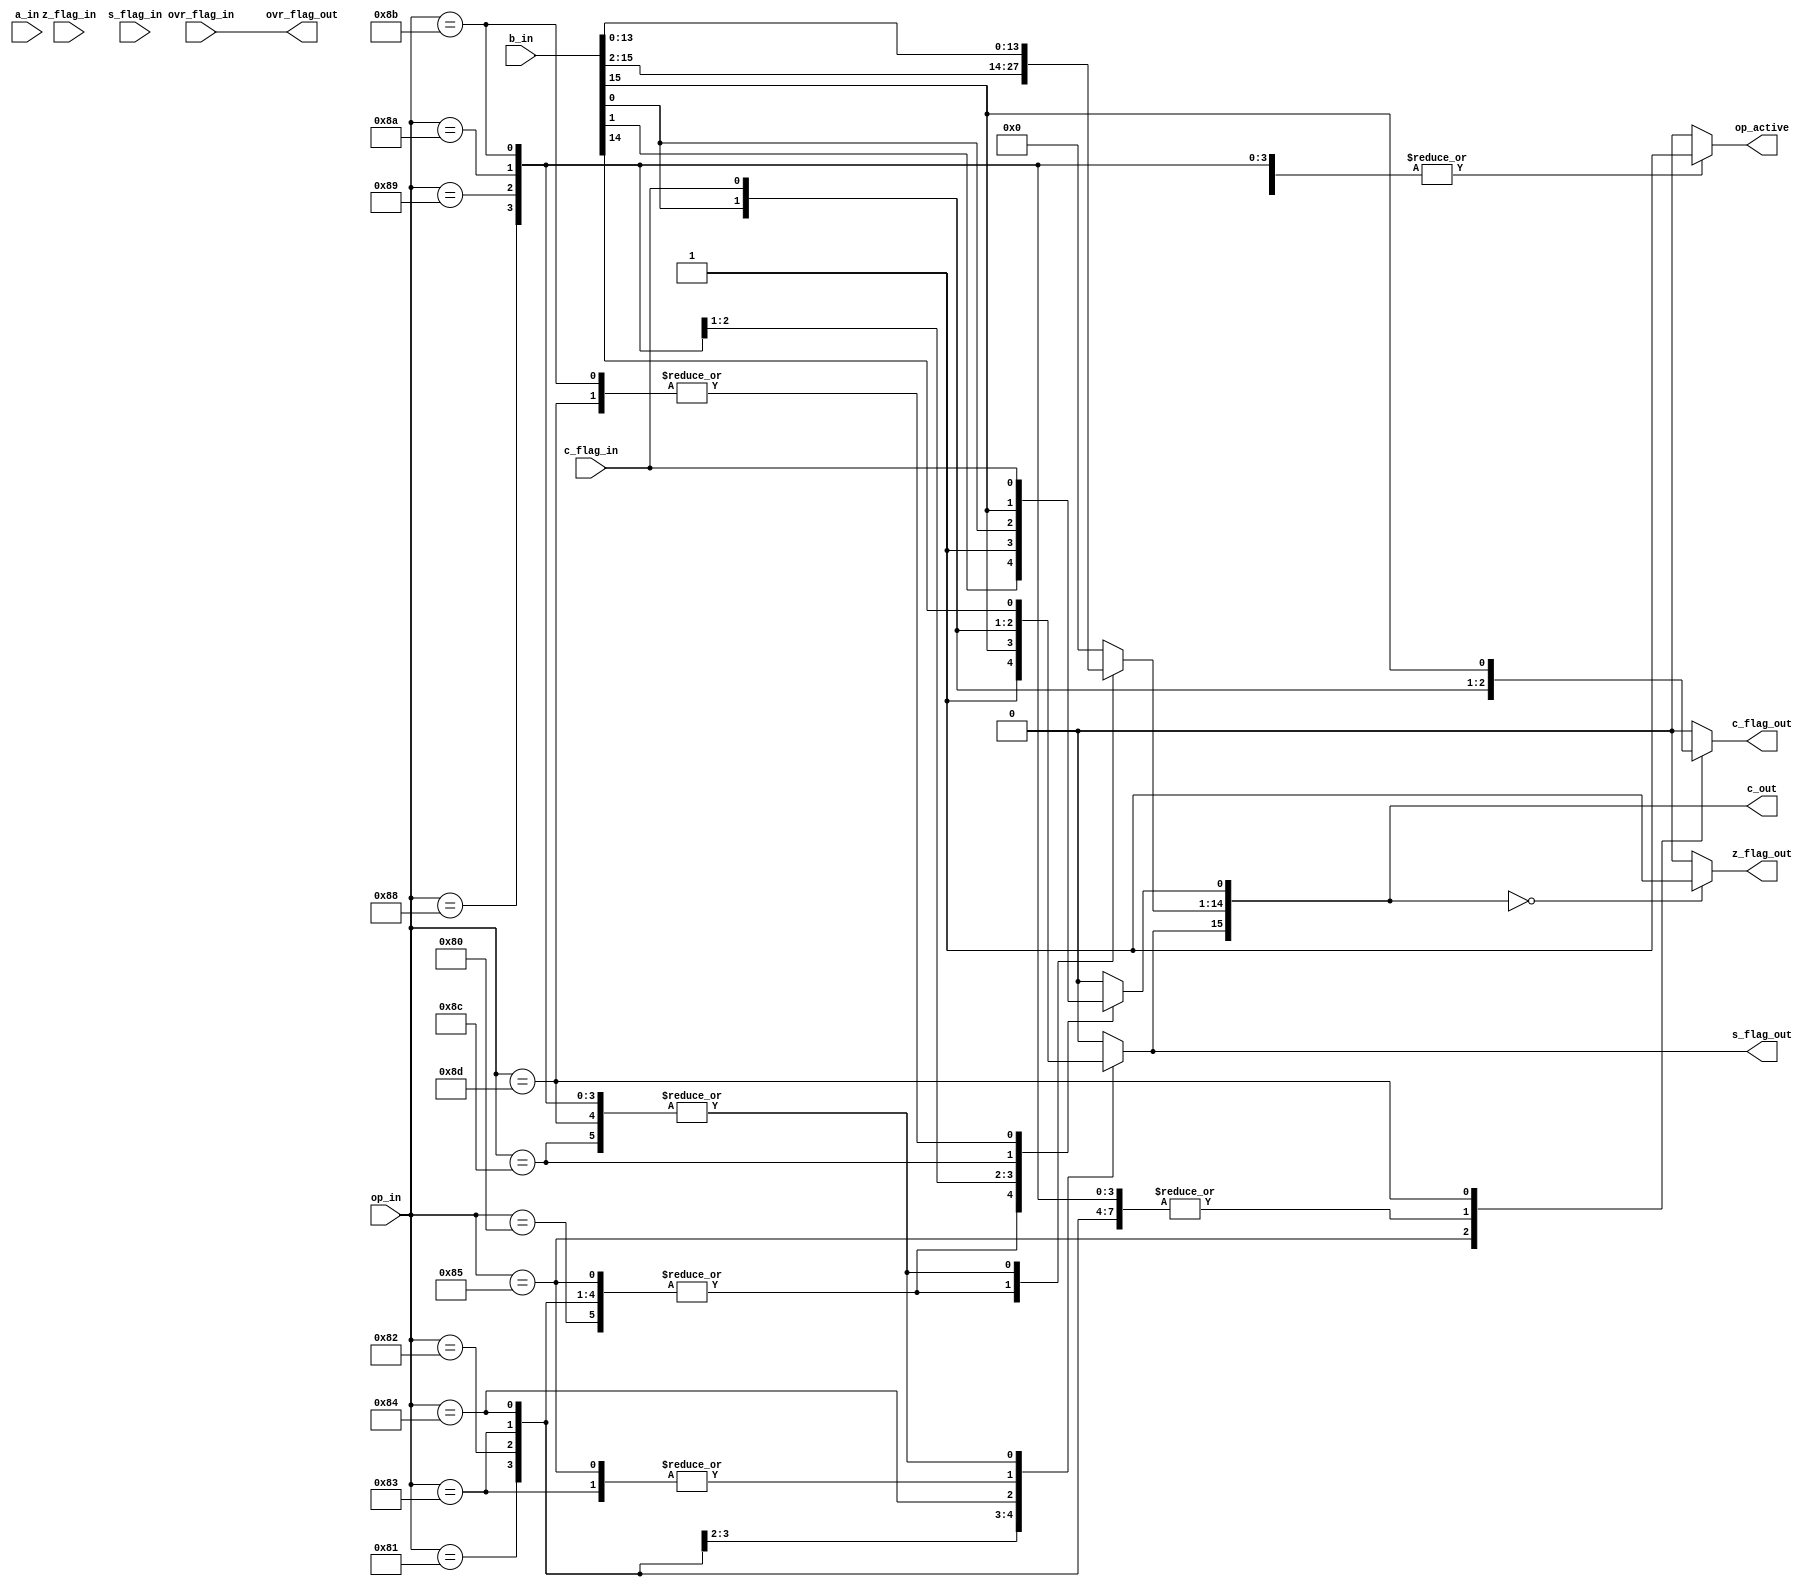
module alu_shift (
	a_in,
	b_in,
	op_in,
	z_flag_in,
	s_flag_in,
	c_flag_in,
	ovr_flag_in,
	c_out,
	z_flag_out,
	s_flag_out,
	c_flag_out,
	ovr_flag_out,
	op_active	
);
	parameter data_wl	= 16;
	parameter op_wl 	= 8;

	input	[data_wl-1:0] 	a_in;
	input	[data_wl-1:0]	b_in;
	input 	[op_wl	-1:0]	op_in;
	
	input 	z_flag_in;
	input 	s_flag_in;
	input 	c_flag_in;
	input 	ovr_flag_in;

	output 	[data_wl-1:0]	c_out;

	output 	z_flag_out;
	output 	s_flag_out;
	output 	c_flag_out;
	output	ovr_flag_out;
	output  op_active;

	reg 	[data_wl-1:0]	c_reg;
	reg 	z_flag_out;
   	reg     s_flag_out;
	reg     c_flag_out;
	reg 	op_active_int;
	
	// shift ops
	parameter 	I_SHR0 			= 8'h80; 		
	parameter 	I_SHR1 			= 8'h81; 		
	parameter 	I_SHRA 			= 8'h82; 		
	parameter 	I_SHRC 			= 8'h83; 		
	parameter 	I_ROTR 			= 8'h84; 		
	parameter 	I_ROTRC 		= 8'h85; 		
	parameter 	I_SHL0 			= 8'h88; 		
	parameter 	I_SHL1 			= 8'h89; 		
	parameter 	I_SHLA 			= 8'h8A; 		
	parameter 	I_SHLC 			= 8'h8B; 		
	parameter 	I_ROTL 			= 8'h8C; 		
	parameter 	I_ROTLC 		= 8'h8D; 
	
	assign ovr_flag_out = ovr_flag_in;
	
	always @ (op_in or b_in or c_flag_in)
	begin
		op_active_int = 1'b0;
		case(op_in)
		
			I_SHR0: 	// shift right, shift-in '0'
				begin
					c_reg [data_wl-2:0] = b_in [data_wl-1:1];
					c_reg [data_wl-1] 	= 1'b0;
					c_flag_out			= c_flag_in;
					op_active_int 		= 1'b1;
				end
			I_SHR1:		// shift right, shift-in '1'
				begin
					c_reg [data_wl-2:0] = b_in [data_wl-1:1];
					c_reg [data_wl-1]	= 1'b1;
					c_flag_out 			= c_flag_in;
					op_active_int 		= 1'b1;
				end
			I_SHRA: 	// shift right, shift-in MSB of B
				begin
					c_reg [data_wl-2:0] = b_in [data_wl-1:1];
					c_reg [data_wl-1]	= b_in [data_wl-1];
					c_flag_out			= c_flag_in;
					op_active_int 		= 1'b1;
				end
			I_SHRC: 	// shift right, shift-in carry
				begin
					c_reg [data_wl-2:0] = b_in [data_wl-1:1];
					c_reg [data_wl-1]	= c_flag_in;
					c_flag_out			= c_flag_in;
					op_active_int 		= 1'b1;
				end
			I_ROTR: 	// shift right, shift-in LSB of B (rotate)
				begin
					c_reg [data_wl-2:0] = b_in [data_wl-1:1];
					c_reg [data_wl-1]	= b_in [0];
					c_flag_out		 	= c_flag_in;
					op_active_int 		= 1'b1;
				end
			I_ROTRC:
				begin
					c_reg [data_wl-2:0] = b_in [data_wl-1:1];
					c_reg [data_wl-1]	= c_flag_in;
					c_flag_out 			= b_in[0];
					op_active_int 		= 1'b1;
				end
			I_SHL0: 
				begin
					c_reg [data_wl-1:1] = b_in [data_wl-2:0];
					c_reg [0]		 	= 1'b0;
					c_flag_out 			= c_flag_in;
					op_active_int 		= 1'b1;
				end
			I_SHL1: 
				begin
					c_reg [data_wl-1:1] = b_in [data_wl-2:0];
					c_reg [0]		 	= 1'b1;
					c_flag_out 			= c_flag_in;
					op_active_int 		= 1'b1;
				end
			I_SHLA: 
				begin
					c_reg [data_wl-1:1] = b_in [data_wl-2:0];
					c_reg [0]		 	= b_in [0]; //Correction c_reg [0]= b_in [data_wl-1];
					c_flag_out 			= c_flag_in;
					op_active_int 		= 1'b1;
				end
			I_SHLC: 
				begin
					c_reg [data_wl-1:1] = b_in [data_wl-2:0];
					c_reg [0]		 	= c_flag_in;
					c_flag_out 			= c_flag_in;
					op_active_int 		= 1'b1;
				end
			I_ROTL: 
				begin
					c_reg [data_wl-1:1] = b_in [data_wl-2:0];
					c_reg [0]		 	= b_in [data_wl-1];
					c_flag_out 			= c_flag_in;
					op_active_int 		= 1'b1;
				end
			I_ROTLC:
				begin
					c_reg [data_wl-1:1] = b_in [data_wl-2:0];
					c_reg [0]		 	= c_flag_in;
					c_flag_out 			= b_in [data_wl-1];
					op_active_int 		= 1'b1;
				end

			default:
				begin
					c_reg 		= 0;
					c_flag_out 	= 1'b0;
				end
		endcase
		
		if (c_reg == 0)
			z_flag_out = 1'b1;
		else
			z_flag_out = 1'b0;
		
		s_flag_out 	=  c_reg[data_wl-1];
	end
	
	assign c_out = c_reg;
	assign op_active = op_active_int;
endmodule